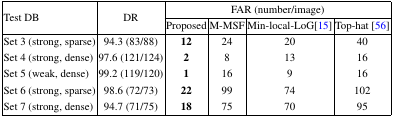
<table><thead><tr><td rowspan="3"><b>Test DB</b></td><td rowspan="3"><b>DR</b></td><td colspan="4"><b>FAR (number/image)</b></td></tr><tr><td><b>Proposed</b></td><td><b>M-MSF</b></td><td><b>Min-local-LoG[15]</b></td><td><b>Top-hat [56]</b></td></tr></thead><tbody><tr><td>Set 3 (strong, sparse)</td><td>94.3 (83/88)</td><td><b>12</b></td><td>24</td><td>20</td><td>40</td></tr><tr><td>Set 4 (strong, dense)</td><td>97.6 (121/124)</td><td><b>2</b></td><td>8</td><td>13</td><td>16</td></tr><tr><td>Set 5 (weak, dense)</td><td>99.2 (119/120)</td><td><b>1</b></td><td>16</td><td>9</td><td>16</td></tr><tr><td>Set 6 (strong, sparse)</td><td>98.6 (72/73)</td><td><b>22</b></td><td>99</td><td>74</td><td>102</td></tr><tr><td>Set 7 (strong, dense)</td><td>94.7 (71/75)</td><td><b>18</b></td><td>75</td><td>70</td><td>95</td></tr></tbody></table>